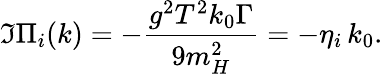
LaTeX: \Im\Pi_{i}(k)=-\frac{g^{2}T^{2}k_{0}\Gamma}{9m_{H}^{2}}=-\eta_{i}\, k_{0}.